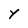
Character: y